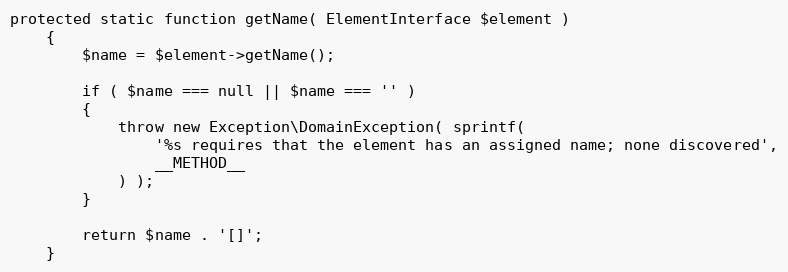
Language: PHP
protected static function getName( ElementInterface $element )
    {
        $name = $element->getName();

        if ( $name === null || $name === '' )
        {
            throw new Exception\DomainException( sprintf(
                '%s requires that the element has an assigned name; none discovered',
                __METHOD__
            ) );
        }

        return $name . '[]';
    }